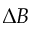
\Delta B